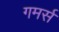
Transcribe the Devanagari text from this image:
गमर्स